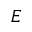
E